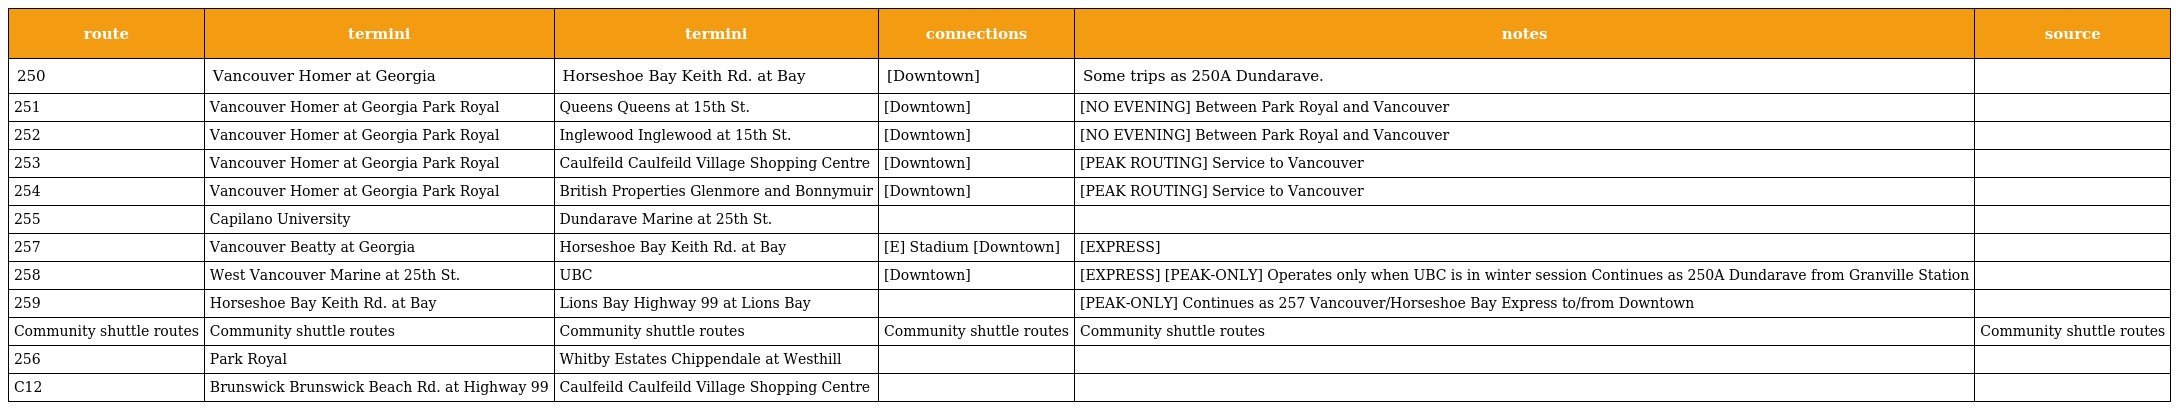
| route | termini | termini | connections | notes | source |
 | --- | --- | --- | --- | --- | --- |
 | 250 | Vancouver Homer at Georgia | Horseshoe Bay Keith Rd. at Bay | [Downtown] | Some trips as 250A Dundarave. |  |
 | 251 | Vancouver Homer at Georgia Park Royal | Queens Queens at 15th St. | [Downtown] | [NO EVENING] Between Park Royal and Vancouver |  |
 | 252 | Vancouver Homer at Georgia Park Royal | Inglewood Inglewood at 15th St. | [Downtown] | [NO EVENING] Between Park Royal and Vancouver |  |
 | 253 | Vancouver Homer at Georgia Park Royal | Caulfeild Caulfeild Village Shopping Centre | [Downtown] | [PEAK ROUTING] Service to Vancouver |  |
 | 254 | Vancouver Homer at Georgia Park Royal | British Properties Glenmore and Bonnymuir | [Downtown] | [PEAK ROUTING] Service to Vancouver |  |
 | 255 | Capilano University | Dundarave Marine at 25th St. |  |  |  |
 | 257 | Vancouver Beatty at Georgia | Horseshoe Bay Keith Rd. at Bay | [E] Stadium [Downtown] | [EXPRESS] |  |
 | 258 | West Vancouver Marine at 25th St. | UBC | [Downtown] | [EXPRESS] [PEAK-ONLY] Operates only when UBC is in winter session Continues as 250A Dundarave from Granville Station |  |
 | 259 | Horseshoe Bay Keith Rd. at Bay | Lions Bay Highway 99 at Lions Bay |  | [PEAK-ONLY] Continues as 257 Vancouver/Horseshoe Bay Express to/from Downtown |  |
 | Community shuttle routes | Community shuttle routes | Community shuttle routes | Community shuttle routes | Community shuttle routes | Community shuttle routes |
 | 256 | Park Royal | Whitby Estates Chippendale at Westhill |  |  |  |
 | C12 | Brunswick Brunswick Beach Rd. at Highway 99 | Caulfeild Caulfeild Village Shopping Centre |  |  |  |